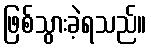
ဖြစ်သွားခဲ့ရသည်။